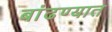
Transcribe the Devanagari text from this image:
बांढण्यात